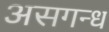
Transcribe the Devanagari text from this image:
असगन्ध